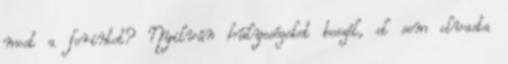
most a forintot? Nyilván hülyeségeket beszél, el sem olvasta